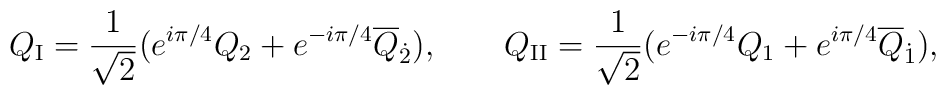
Q_{\rm I} = \frac{1}{\sqrt{2}}              (e^{i\pi/4}Q_2 + e^{-i\pi/4}\overline{Q}_{\dot{2}}), \qquad  Q_{\rm II} = \frac{1}{\sqrt{2}}              (e^{-i\pi/4}Q_1 + e^{i\pi/4}\overline{Q}_{\dot{1}}) ,